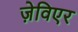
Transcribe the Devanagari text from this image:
ज़ेविएर